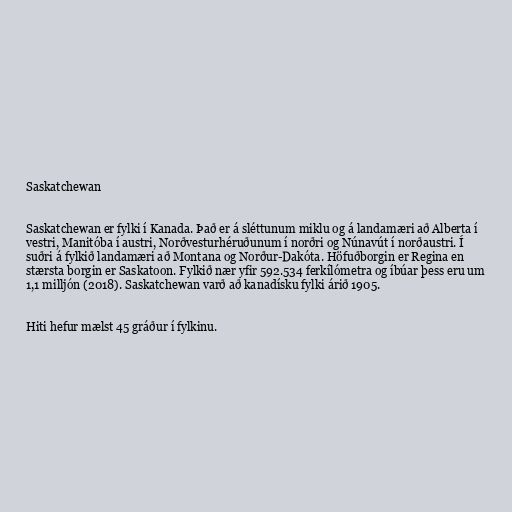
Saskatchewan

Saskatchewan er fylki í Kanada. Það er á sléttunum miklu og á landamæri að Alberta í
vestri, Manitóba í austri, Norðvesturhéruðunum í norðri og Núnavút í norðaustri. Í
suðri á fylkið landamæri að Montana og Norður-Dakóta. Höfuðborgin er Regina en
stærsta borgin er Saskatoon. Fylkið nær yfir 592.534 ferkílómetra og íbúar þess eru um
1,1 milljón (2018). Saskatchewan varð að kanadísku fylki árið 1905.

Hiti hefur mælst 45 gráður í fylkinu.